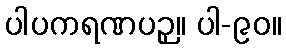
ပါပကရဏပဉှ။ ပါ-၉၀။